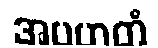
အပဟတံ